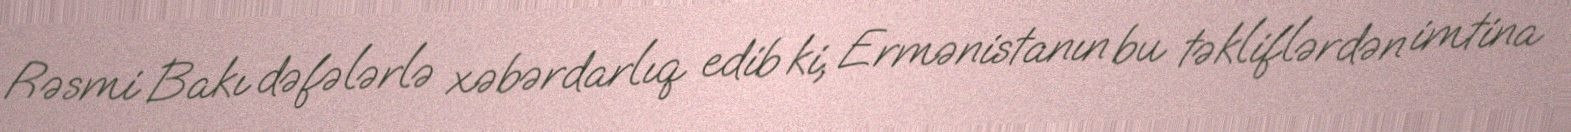
Rəsmi Bakı dəfələrlə xəbərdarlıq edib ki, Ermənistanın bu təkliflərdən imtina